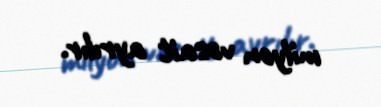
milyon vəsait ayrılır.